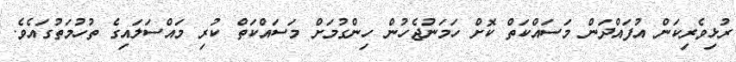
ރުޅިވެރިކަން އުފައްދަން މަސައްކަތް ކޮށް ހަމަނުޖެހުން ހިންގުމަށް މަސައްކަތް ކުރި މައްސަލައިގެ ތުހުމަތުގައެވެ.